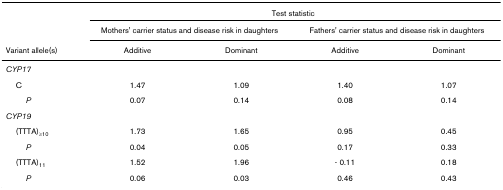
<table><thead><tr><td></td><td colspan="4"><b>Test statistic</b></td></tr><tr><td></td><td colspan="2"><b>Mothers&#x27; carrier status and disease risk in daughters</b></td><td colspan="2"><b>Fathers&#x27; carrier status and disease risk in daughters</b></td></tr><tr><td><b>Variant allele(s)</b></td><td><b>Additive</b></td><td><b>Dominant</b></td><td><b>Additive</b></td><td><b>Dominant</b></td></tr></thead><tbody><tr><td><i>CYP17</i></td><td></td><td></td><td></td><td></td></tr><tr><td> C</td><td>1.47</td><td>1.09</td><td>1.40</td><td>1.07</td></tr><tr><td><i>P</i></td><td>0.07</td><td>0.14</td><td>0.08</td><td>0.14</td></tr><tr><td><i>CYP19</i></td><td></td><td></td><td></td><td></td></tr><tr><td> (TTTA)<sub>≥10</sub></td><td>1.73</td><td>1.65</td><td>0.95</td><td>0.45</td></tr><tr><td><i>P</i></td><td>0.04</td><td>0.05</td><td>0.17</td><td>0.33</td></tr><tr><td> (TTTA)<sub>11</sub></td><td>1.52</td><td>1.96</td><td>- 0.11</td><td>0.18</td></tr><tr><td><i>P</i></td><td>0.06</td><td>0.03</td><td>0.46</td><td>0.43</td></tr></tbody></table>